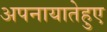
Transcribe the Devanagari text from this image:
अपनायातेहुए